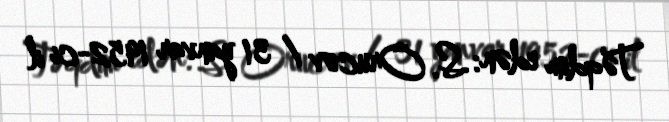
Təqdim edən: S. Orucov / 31 yanvar 1952-ci il